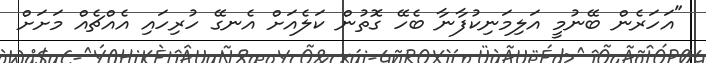
"އަހަރެން ބޭނުމީ އަލިމަނިކުފާނާ ބެހޭ ގޮތުން ކަލެއަށް އެނގޭ ހުރިހައި އެއްޗެއް މަށަށް